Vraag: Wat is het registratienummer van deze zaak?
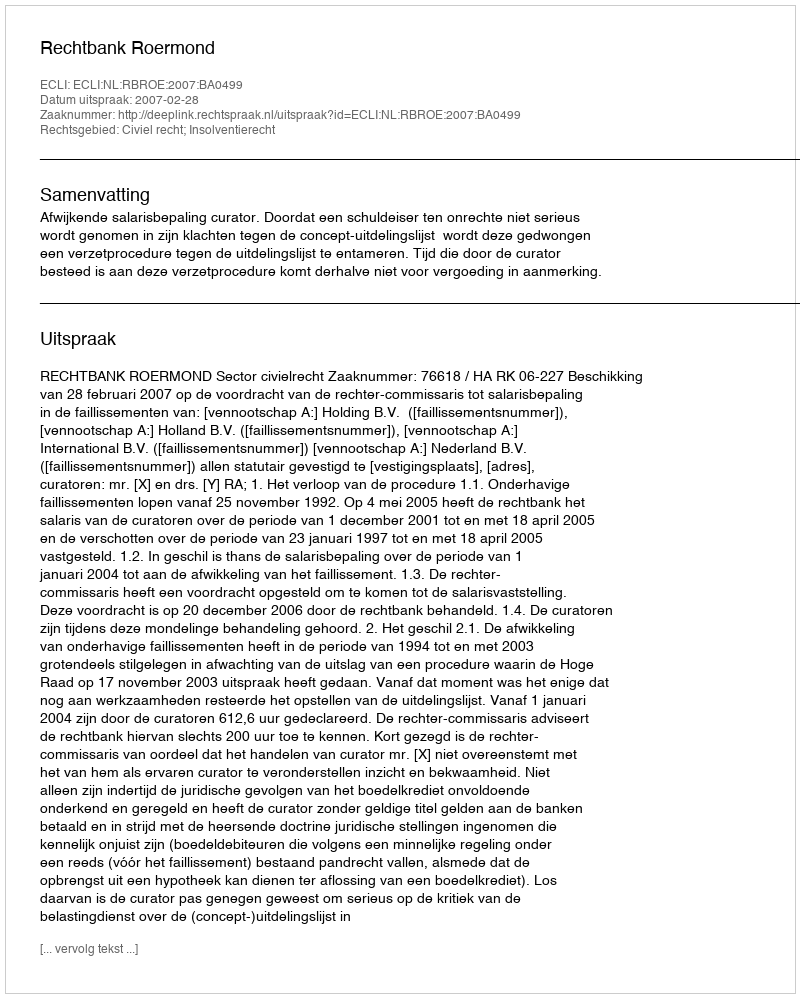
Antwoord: http://deeplink.rechtspraak.nl/uitspraak?id=ECLI:NL:RBROE:2007:BA0499